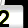
Digit: 2